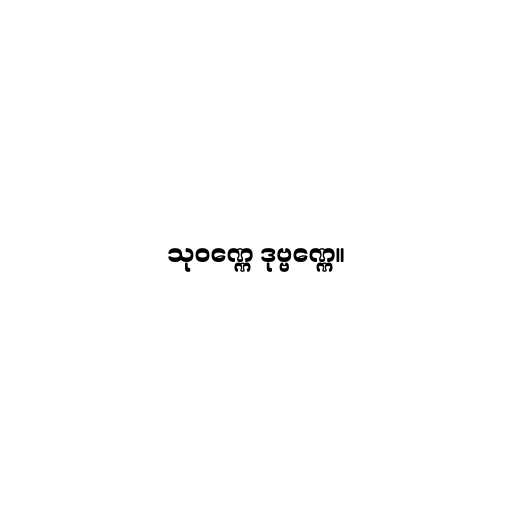
သုဝဏ္ဏေ ဒုဗ္ဗဏ္ဏေ။